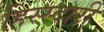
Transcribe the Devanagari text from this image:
हिस्स्दारी